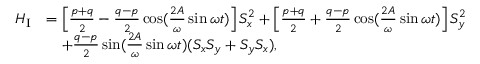
\begin{array} { r l } { H _ { \mathrm { I } } } & { = \left[ \frac { p + q } { 2 } - \frac { q - p } { 2 } \cos ( \frac { 2 A } { \omega } \sin \omega t ) \right] S _ { x } ^ { 2 } + \left[ \frac { p + q } { 2 } + \frac { q - p } { 2 } \cos ( \frac { 2 A } { \omega } \sin \omega t ) \right] S _ { y } ^ { 2 } } \\ & { \quad + \frac { q - p } { 2 } \sin ( \frac { 2 A } { \omega } \sin \omega t ) ( S _ { x } S _ { y } + S _ { y } S _ { x } ) , } \end{array}